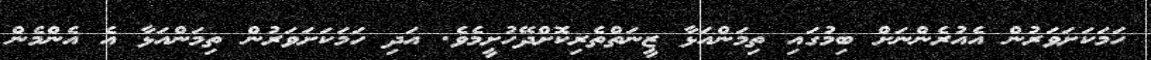
ހަމަކަށަވަރުން އެއުރެންނަށް ބިމުގައި ތިމަންއަޅާ ޒީނަތްތެރިކޮށްދޭހުށީމެވެ. އަދި ހަމަކަށަވަރުން ތިމަންއަޅާ އެ އެންމެން